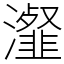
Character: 瀣